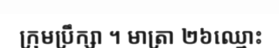
ក្រុមប្រឹក្សា ។ មាត្រា ២៦ឈ្មោះ